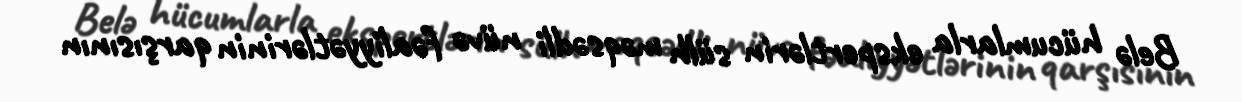
Belə hücumlarla ekspertlərin sülh məqsədli nüvə fəaliyyətlərinin qarşısının